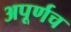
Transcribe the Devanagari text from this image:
अपूर्णच